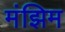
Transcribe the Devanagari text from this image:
मंझिम